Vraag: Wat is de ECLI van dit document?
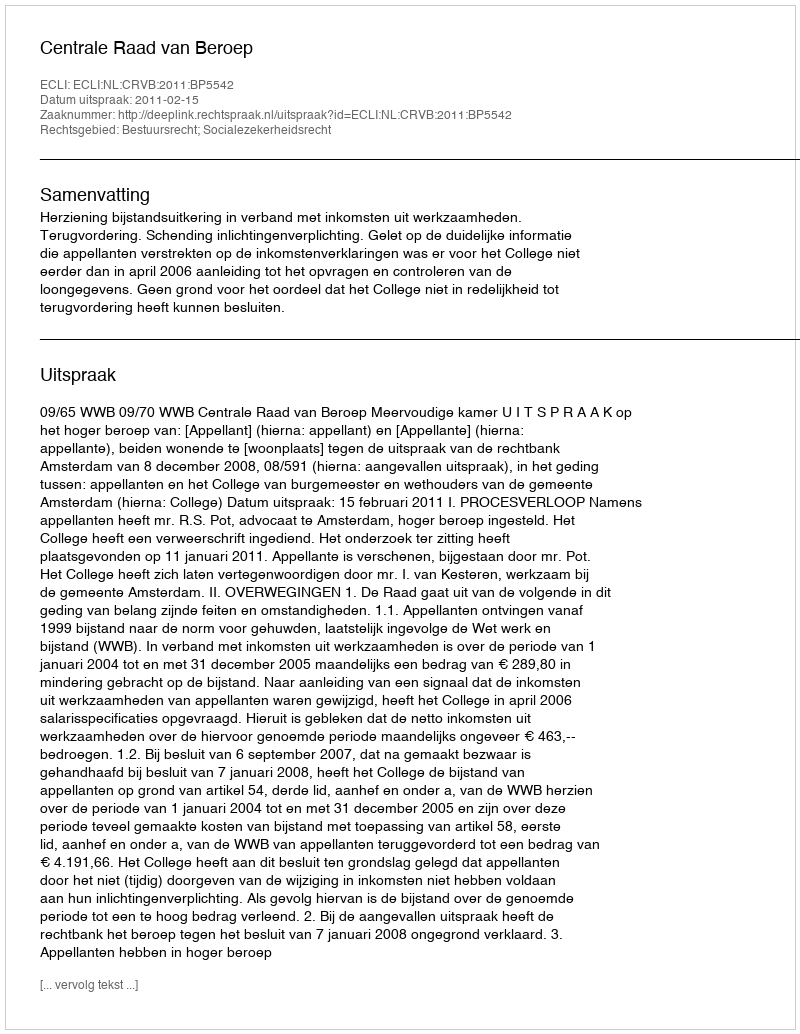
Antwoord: ECLI:NL:CRVB:2011:BP5542